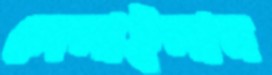
লেলাইলাম